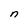
Character: n